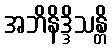
အဘိနိဒ္ဒိသန္တိ